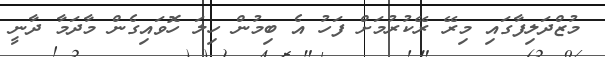
މުޒްދަލިފާގައި މިރޭ ރޭކުރުމަށް ފަހު އެ ބިމުން ހިލަ ހޮވައިގެން މާދަމާ ދާނީ